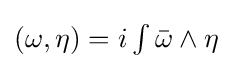
{\textstyle (\omega ,\eta )=i\int {\bar {\omega }}\wedge \eta }